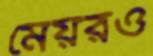
মেয়রও